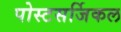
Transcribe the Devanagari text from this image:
पोस्टसर्जिकल